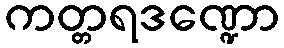
ကတ္တရဒဏ္ဍော